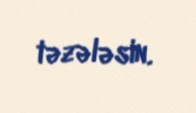
təzələsin.